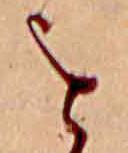
を